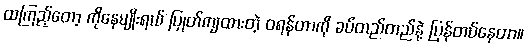
ထကြည့်တော့ ကိုနေမျိုးရယ် ပြုတ်ကျထားတဲ့ ဝရန်တာကို ခပ်တည်တည်နဲ့ ပြန်တပ်နေတာ။